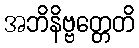
အဘိနိဗ္ဗတ္တေတိ